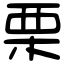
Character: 栗